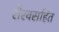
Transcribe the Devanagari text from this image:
रौरवसहित